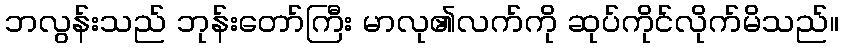
ဘလွန်းသည် ဘုန်းတော်ကြီး မာလု၏လက်ကို ဆုပ်ကိုင်လိုက်မိသည်။